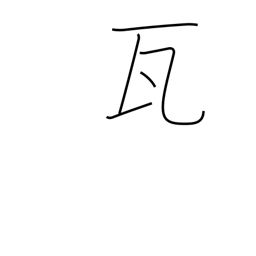
Meaning: gram